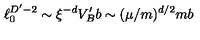
\ell _ { 0 } ^ { D ^ { \prime } - 2 } \sim \xi ^ { - d } V _ { B } ^ { \prime } b \sim ( \mu / m ) ^ { d / 2 } m b